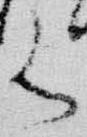
御